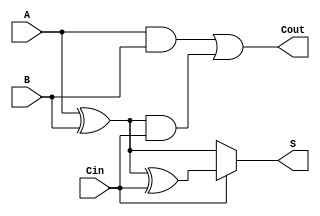
module conditional_sum_full_adder (
    input wire A,    // First significant bit
    input wire B,    // Second significant bit
    input wire Cin,  // Carry input
    output wire S,   // Sum output
    output wire Cout  // Carry output
);

// Intermediate signals for sum calculation
wire S0;          // Sum without carry
wire S1;          // Sum with carry
wire C1;          // Carry condition 1
wire C2;          // Carry condition 2

// Sum calculations
assign S0 = A ^ B;        // S0 = A XOR B
assign S1 = S0 ^ Cin;     // S1 = S0 XOR Cin

// Final sum output based on carry-in
assign S = Cin ? S1 : S0; // If Cin = 1, S = S1; else S = S0

// Carry-out calculations
assign C1 = A & B;                // C1 = A AND B
assign C2 = S0 & Cin;             // C2 = (A XOR B) AND Cin

// Final carry-out output
assign Cout = C1 | C2;            // Cout = C1 OR C2

endmodule